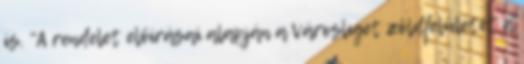
is. "A rendelet előírásai alapján a Városliget zöldfelületét a